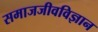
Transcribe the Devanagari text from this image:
समाजजीवविज्ञान